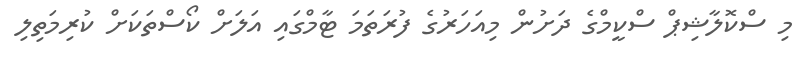
މި ސްކޮލާޝިޕް ސްކީމްގެ ދަށުން މިއަހަރުގެ ފުރަތަމަ ޓާމްގައި އަލަށް ކޯސްތަކަށް ކުރިމަތިލި